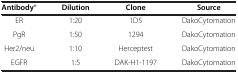
<table><thead><tr><td><b>Antibody*</b></td><td><b>Dilution</b></td><td><b>Clone</b></td><td><b>Source</b></td></tr></thead><tbody><tr><td>ER</td><td>1:20</td><td>1D5</td><td>DakoCytomation</td></tr><tr><td>PgR</td><td>1:50</td><td>1294</td><td>DakoCytomation</td></tr><tr><td>Her2/neu</td><td>1:10</td><td>Herceptest</td><td>DakoCytomation</td></tr><tr><td>EGFR</td><td>1:5</td><td>DAK-H1-1197</td><td>DakoCytomation</td></tr></tbody></table>